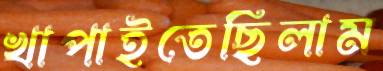
খাপাইতেছিলাম